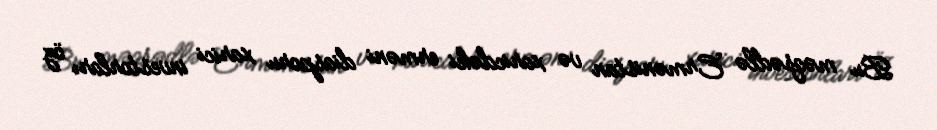
Bu məqsədlə Ermənistan və xaricdəki erməni diasporu xarici investorları öz